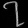
Digit: ၇